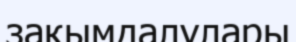
зақымдалулары